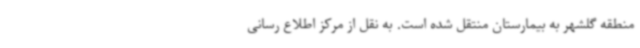
منطقه گلشهر به بیمارستان منتقل شده است. به نقل از مرکز اطلاع رسانی